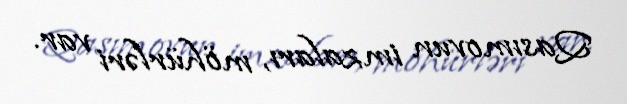
Qasımovun imzaları, möhürləri var.